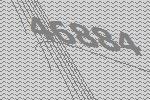
46884